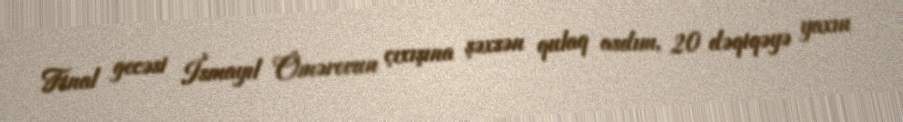
Final gecəsi İsmayıl Ömərovun çıxışına şəxsən qulaq asdım, 20 dəqiqəyə yaxın